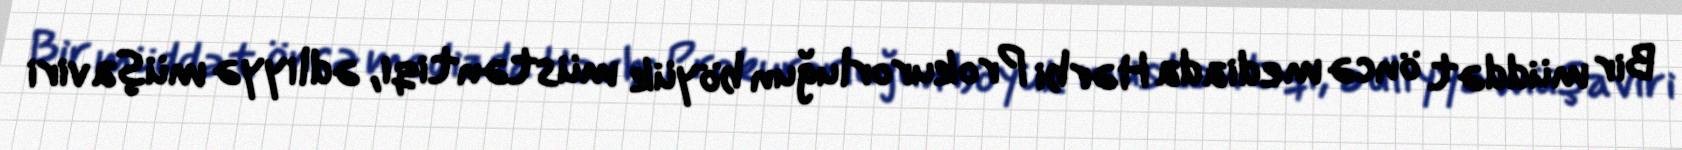
Bir müddət öncə mediada Hərbi Prokurorluğun böyük müstəntiqi, ədliyyə müşaviri